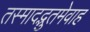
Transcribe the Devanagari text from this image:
तस्मादद्भुतमेवाह